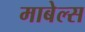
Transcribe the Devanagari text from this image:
माबेल्स